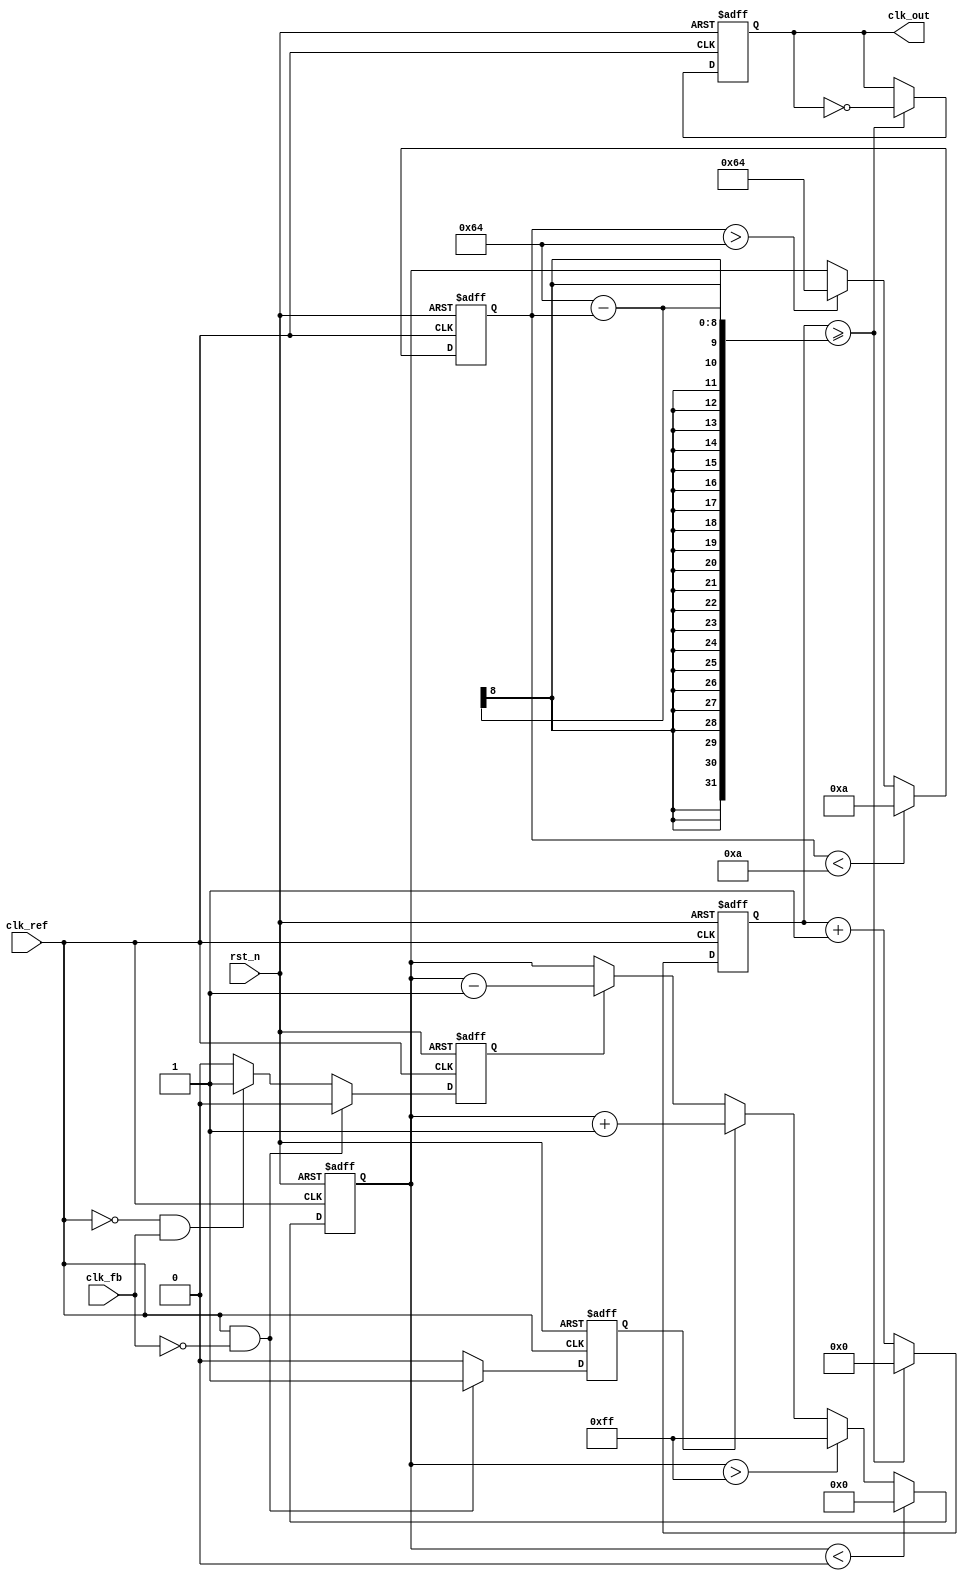
module cp_pll (
    input wire clk_ref,        // Reference clock input
    input wire clk_fb,         // Feedback clock input from VCO
    input wire rst_n,          // Active-low reset
    output reg clk_out         // Output clock
);

// Parameters for simulation
parameter integer VCO_MAX_FREQ = 100; // Max frequency of VCO
parameter integer VCO_MIN_FREQ = 10;   // Min frequency of VCO
parameter integer VCO_STEP = 1;         // Frequency step for VCO

// PFD signals
reg up;        
reg down;     

// Charge Pump state
reg [7:0] cp_output; // Control voltage (8-bit for simplicity)

// VCO frequency control
reg [7:0] vco_freq;  // Frequency of VCO

// PFD logic
always @(posedge clk_ref or negedge rst_n) begin
    if (!rst_n) begin
        up <= 0;
        down <= 0;
    end else begin
        // Reset signals
        up <= 0;
        down <= 0;

        // PFD logic to detect phase difference
        if (clk_ref && !clk_fb) begin
            up <= 1; // Reference clock is ahead
        end else if (!clk_ref && clk_fb) begin
            down <= 1; // Feedback clock is ahead
        end
    end
end

// Charge Pump logic
always @(posedge clk_ref or negedge rst_n) begin
    if (!rst_n) begin
        cp_output <= 8'b00000000; // Reset control voltage
    end else begin
        // Charge Pump logic
        if (up) begin
            cp_output <= cp_output + VCO_STEP; // Increase control voltage
        end else if (down) begin
            cp_output <= cp_output - VCO_STEP; // Decrease control voltage
        end

        // Limit control voltage within defined range
        if (cp_output > 8'b11111111) cp_output <= 8'b11111111; // Max
        if (cp_output < 8'b00000000) cp_output <= 8'b00000000; // Min
    end
end

// Loop Filter (simple integral action)
// For simplicity, we are directly using cp_output as VCO frequency
always @(posedge clk_ref or negedge rst_n) begin
    if (!rst_n) begin
        vco_freq <= (VCO_MIN_FREQ + VCO_MAX_FREQ) / 2; // Initial frequency
    end else begin
        // Update VCO frequency based on charge pump output
        vco_freq <= cp_output; // Map cp_output to VCO frequency
        if (vco_freq > VCO_MAX_FREQ) vco_freq <= VCO_MAX_FREQ;
        if (vco_freq < VCO_MIN_FREQ) vco_freq <= VCO_MIN_FREQ;
    end
end

// VCO Logic (simple toggling based on frequency)
reg [31:0] counter;
always @(posedge clk_ref or negedge rst_n) begin
    if (!rst_n) begin
        counter <= 0;
        clk_out <= 0;
    end else begin
        // Toggle output based on the calculated VCO frequency
        counter <= counter + 1;

        if (counter >= (100 - vco_freq)) begin // Simple approximation for frequency
            clk_out <= ~clk_out; // Toggle output
            counter <= 0; // Reset counter
        end
    end
end

endmodule